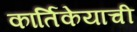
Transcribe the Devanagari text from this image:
कार्तिकेयाची